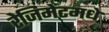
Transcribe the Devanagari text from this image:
रेजिमेंटमधे